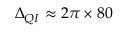
\Delta _ { Q I } \approx 2 \pi \times 8 0